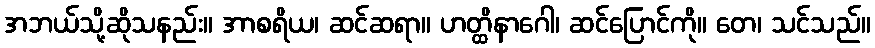
အဘယ်သို့ဆိုသနည်း။ အာစရိယ၊ ဆင်ဆရာ။ ဟတ္ထိနာဂေါ၊ ဆင်ပြောင်ကို။ တေ၊ သင်သည်။